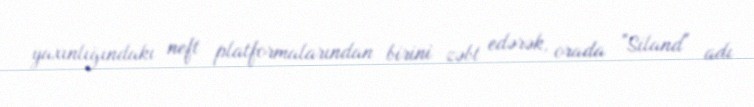
yaxınlığındakı neft platformalarından birini zəbt edərək, orada "Siland" adı